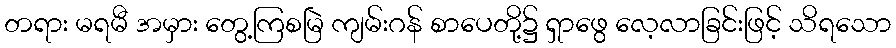
တရား မရမီ အမှား တွေ့ကြစမြဲ ကျမ်းဂန် စာပေတို့၌ ရှာဖွေ လေ့လာခြင်းဖြင့် သိရသော